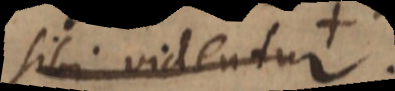
sibi videntur